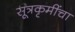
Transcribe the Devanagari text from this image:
सूत्रकृमींचा